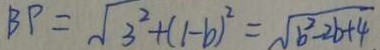
B P = \sqrt { 3 ^ { 2 } + ( 1 - b ) ^ { 2 } } = \sqrt { b ^ { 2 } - 2 b + 4 }